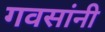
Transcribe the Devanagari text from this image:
गवसांनी